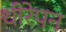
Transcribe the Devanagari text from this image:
धीरेपन